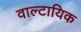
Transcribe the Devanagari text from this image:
वाल्टायिक